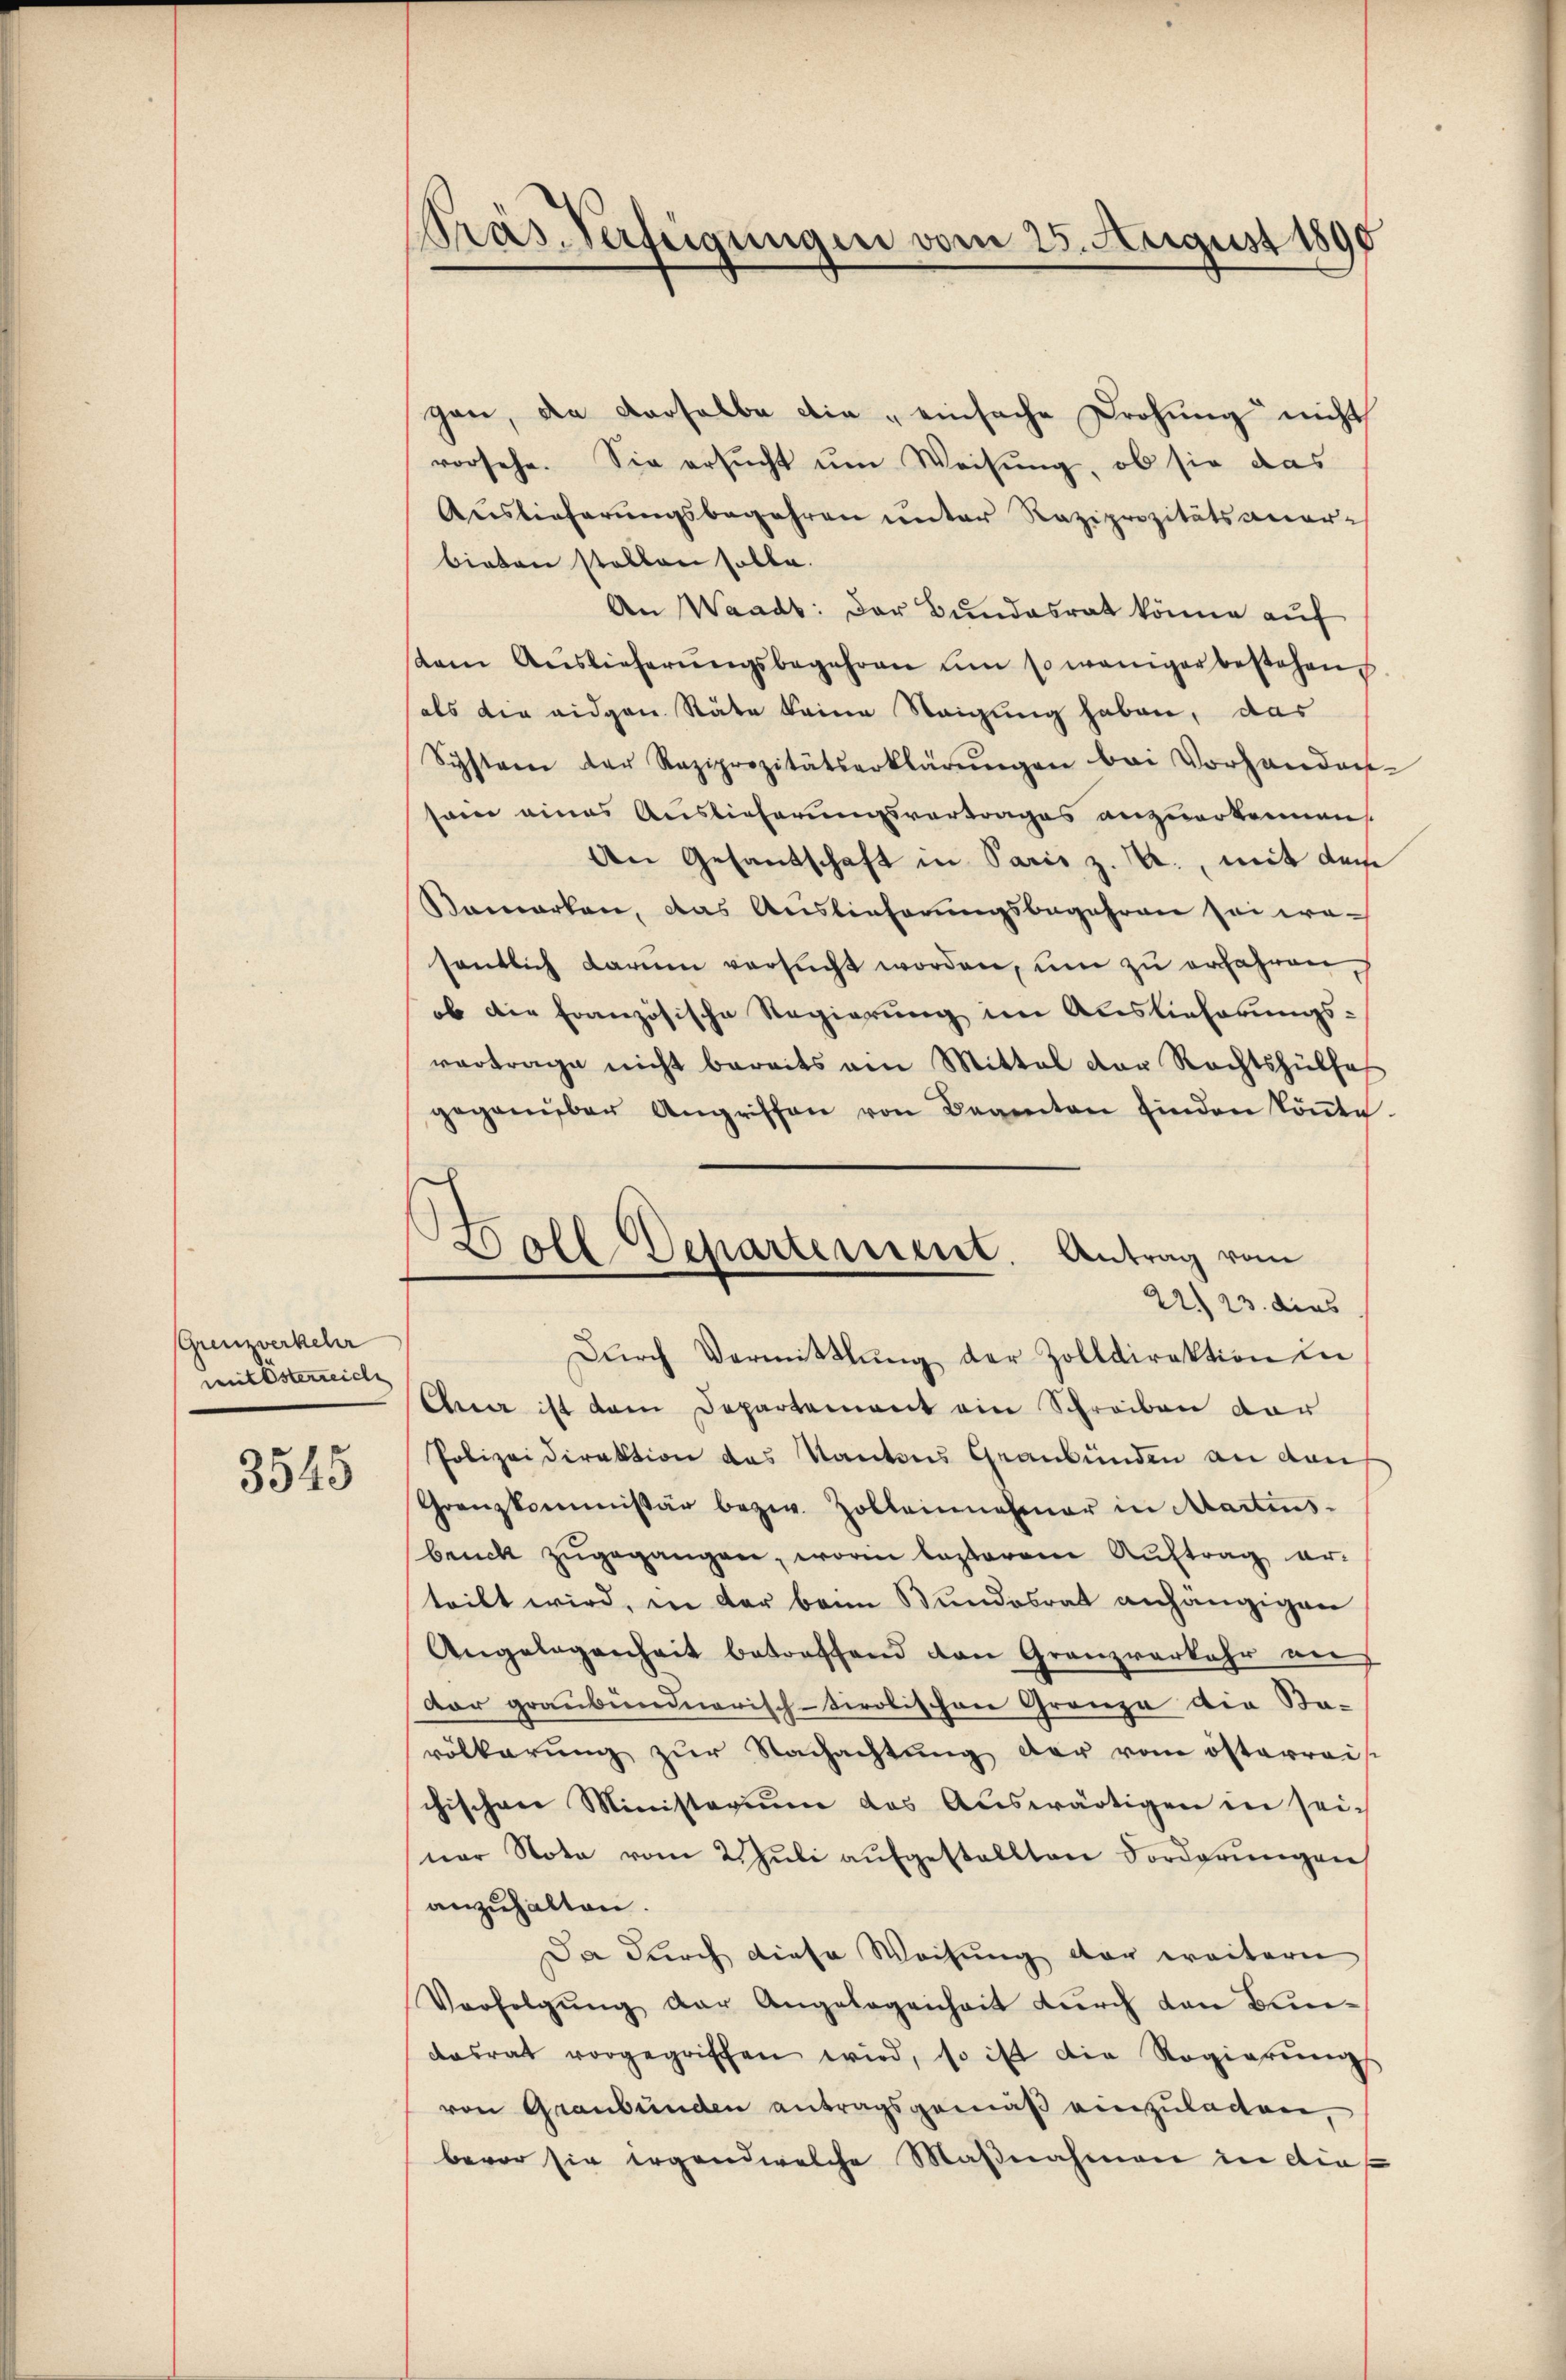
(Grenzverkehr
mitesterreiche

3545

Präs. Verfügungen vom 25. August 1890

gan, da derselbe die „einfache Drohung nicht
vorsehe. Sie ersucht um Weisung, ob sie das
Auslieferungsbegehren unter Raziprozitätsaner-
bieten stellen solle.
An Waadt: Der Bundesrat könne auf
stem Auslieferŭngsbegehren um so weniger bestehen.
als die eidgen. Stäte keine Neigung haben, das
Schsten der Reziprozitätserklärŭngen bei Vorhanden-
sam eines Auslieferungsvortrages anzuerkennen.
An Gesandschaft in Paris z. B., mit dem
Samarken, das Auslieferungsbegehren sei wesentlich darum versŭcht worden, um zu erfahren,
ob die französische Regierung im Auslieferungs-
vertrage nicht bereits am Mittel der Rechtshülfe
gegenüber Angriffen von Beamten finden köṅte.
Dŭrch Vermittlung der Zolldirektion in
Ana ist dem Departement ein Schreiben dar
Polizeidirektion des Kantons Graubünden an den
Granzkommissär bezw. Zolleinnahmer in Martins-
bruck zŭgegangen, worin lasterem Auftrag erteilt wird, in der beim Bundesrat anhängigen
Angelegenheit betreffend den Granzverkehr an
dar graubündnerisch-tirolischen Granza die Sta-
völkerung zur Nachachtung der vom österreis
chischen Ministerium das Aŭswärtigen in sei-
ner Nota vom 2. Jŭli aŭfgestellten Forderŭngen
anzuhalten.
Da durch diese Weisung der weiteren
Verfolgŭng der Angelegenheit dŭrch den Bun-
dasrat vorgegriffen wird, so ist die Regierŭngs
von Graubünden antragsgemäß einzuladen,
bevor sie irgend welche Maßnahmen in die

Boll Departement. Antrag vom
22. 23. dies